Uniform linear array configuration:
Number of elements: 24
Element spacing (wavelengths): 1
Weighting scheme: hamming
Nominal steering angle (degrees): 15
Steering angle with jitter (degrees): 14.547
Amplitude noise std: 0.05
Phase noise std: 0.05

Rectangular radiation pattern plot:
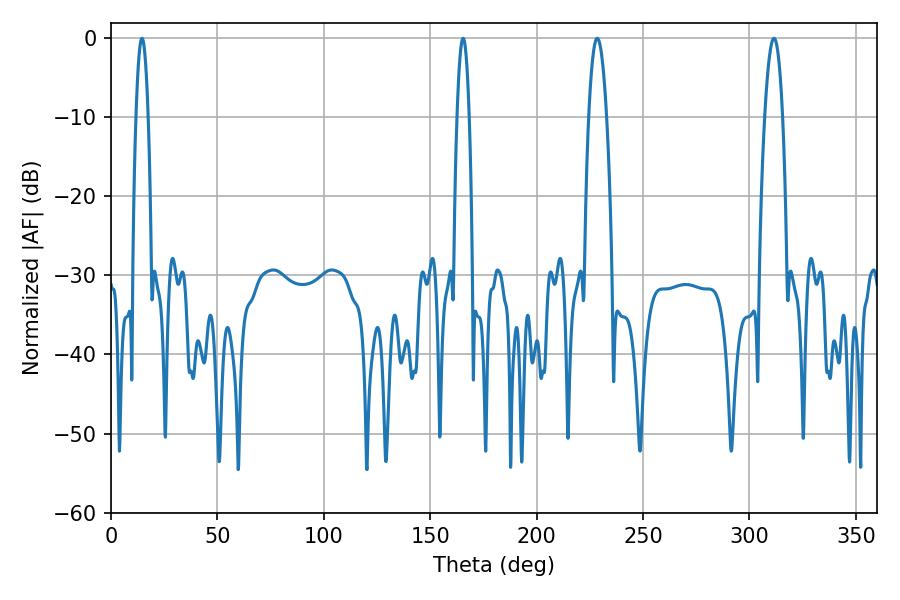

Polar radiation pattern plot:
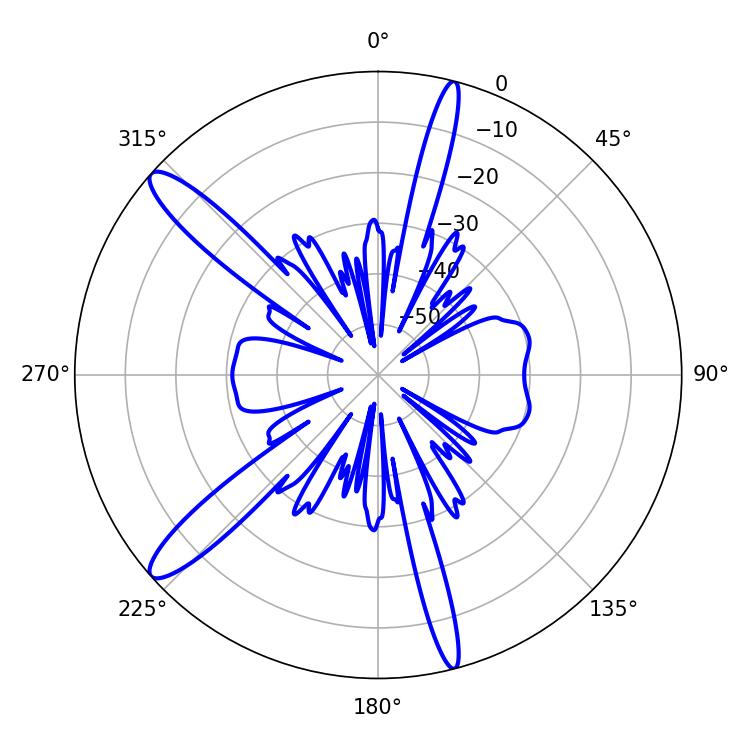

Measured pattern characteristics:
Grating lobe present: TRUE
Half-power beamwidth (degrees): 3.24
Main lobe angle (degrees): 14.58